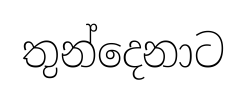
තුන්දෙනාට